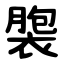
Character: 褜